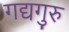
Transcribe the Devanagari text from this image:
गद्यगुरु